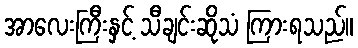
အာလေးကြီးနှင့် သီချင်းဆိုသံ ကြားရသည်။